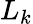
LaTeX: L_{k}